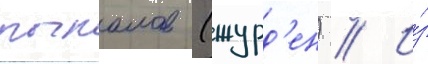
рыкалов (журд'ен) // И́з